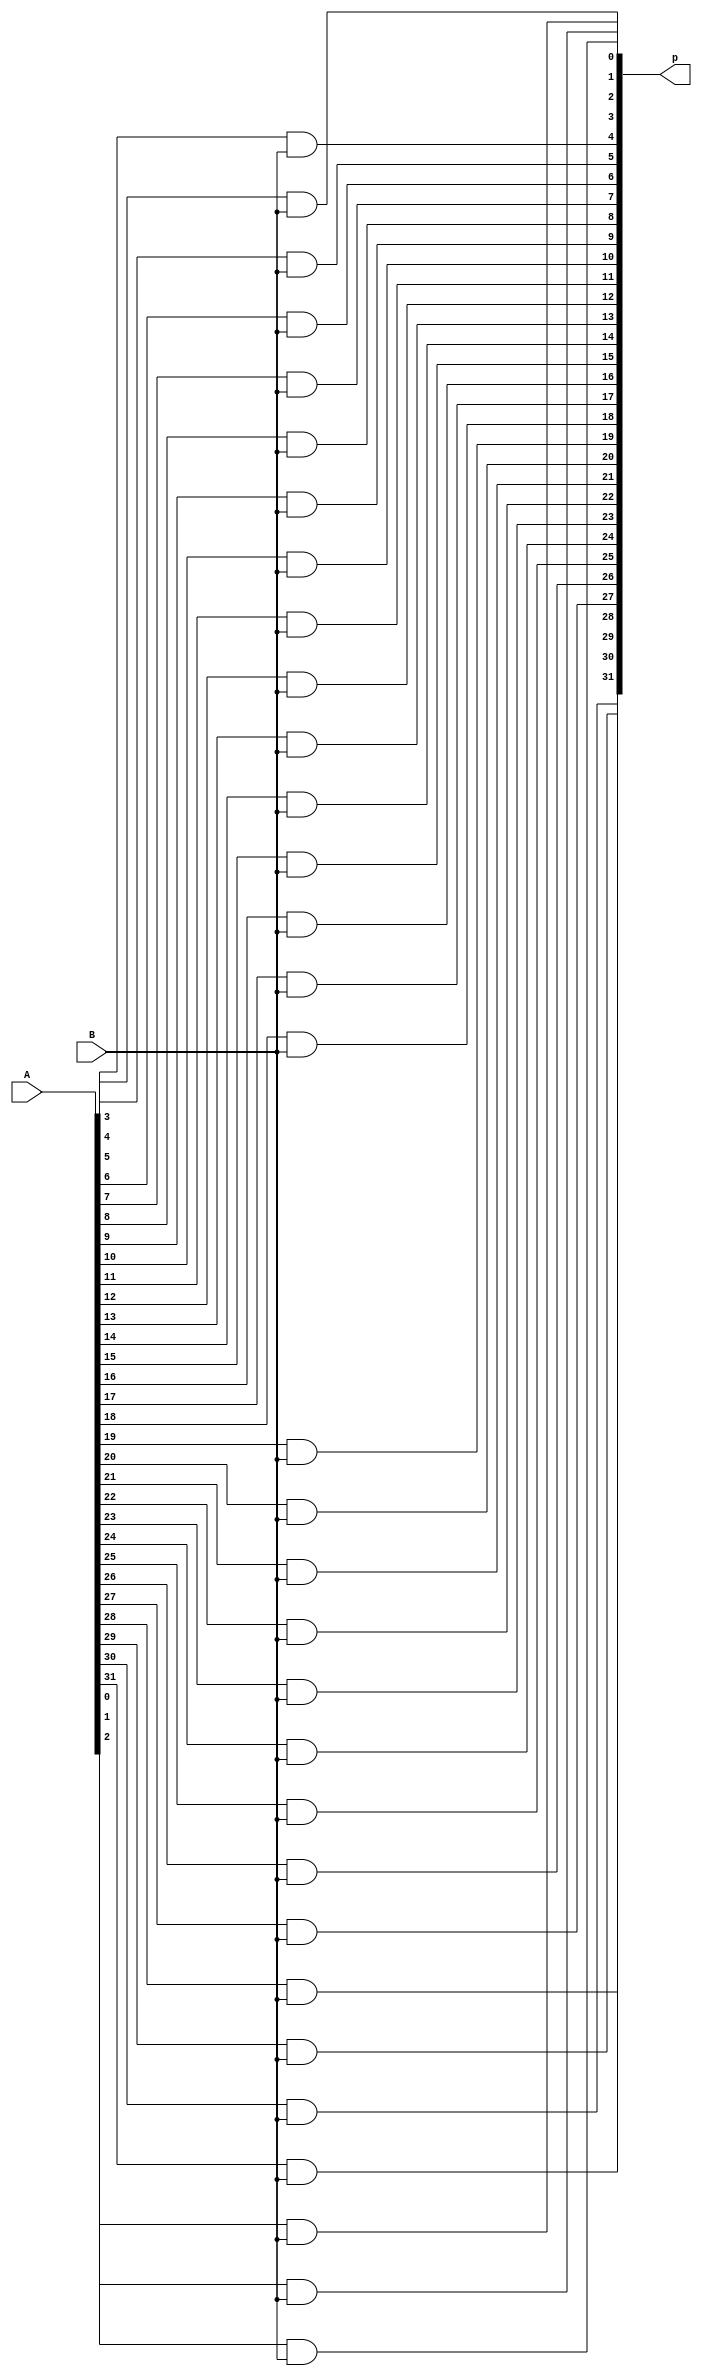
module Bitwise (A,B,p);

input [32:1] A; // multiplicand
input B; // multiplier bit
output [32:1] p ; //partial product

assign p[1] = A[1] & B;
assign p[2] = A[2] & B;
assign p[3] = A[3] & B;
assign p[4] = A[4] & B;
assign p[5] = A[5] & B;
assign p[6] = A[6] & B;
assign p[7] = A[7] & B;
assign p[8] = A[8] & B;
assign p[9] = A[9] & B;
assign p[10] = A[10] & B;
assign p[11] = A[11] & B;
assign p[12] = A[12] & B;
assign p[13] = A[13] & B;
assign p[14] = A[14] & B;
assign p[15] = A[15] & B;
assign p[16] = A[16] & B;
assign p[17] = A[17] & B;
assign p[18] = A[18] & B;
assign p[19] = A[19] & B;
assign p[20] = A[20] & B;
assign p[21] = A[21] & B;
assign p[22] = A[22] & B;
assign p[23] = A[23] & B;
assign p[24] = A[24] & B;
assign p[25] = A[25] & B;
assign p[26] = A[26] & B;
assign p[27] = A[27] & B;
assign p[28] = A[28] & B;
assign p[29] = A[29] & B;
assign p[30] = A[30] & B;
assign p[31] = A[31] & B;
assign p[32] = A[32] & B;
endmodule